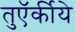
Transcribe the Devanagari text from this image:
तुऍर्कीये